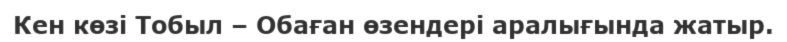
Кен көзі Тобыл – Обаған өзендері аралығында жатыр.